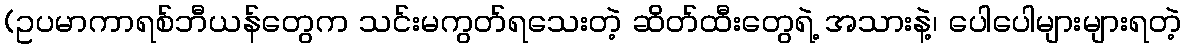
(ဥပမာကာရစ်ဘီယန်တွေက သင်းမကွတ်ရသေးတဲ့ ဆိတ်ထီးတွေရဲ့ အသားနဲ့၊ ပေါပေါများများရတဲ့